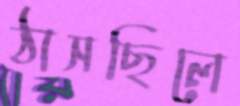
ঠাসছিলে